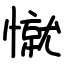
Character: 憱